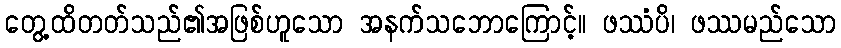
တွေ့ထိတတ်သည်၏အဖြစ်ဟူသော အနက်သဘောကြောင့်။ ဖဿံပိ၊ ဖဿမည်သော